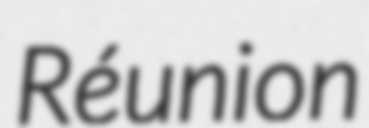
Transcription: Réunion